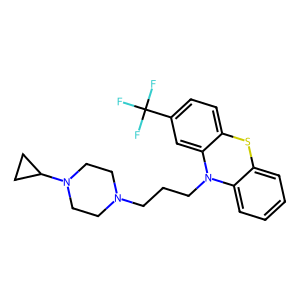
SMILES: FC(F)(F)c1ccc2c(c1)N(CCCN1CCN(C3CC3)CC1)c1ccccc1S2
Inhibits HIV replication: No